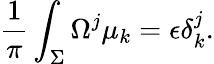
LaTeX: {\frac{1}{\pi}}\int_{\Sigma}\Omega^{j}\mu_{k}=\epsilon\delta_{k}^{j}.